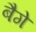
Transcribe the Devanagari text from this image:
बैगे